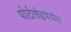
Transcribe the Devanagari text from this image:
पोर्टलंडपर्यंत